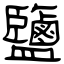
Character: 鹽